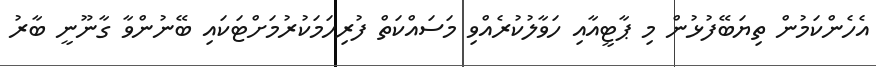
އެހެންކަމުން ތިޔަބޭފުޅުން މި ޕާޓީއާއި ހަވާލުކުރެއްވި މަސައްކަތް ފުރިހަމަކުރުމަށްޓަކައި ބޭނުންވާ ގާނޫނީ ބާރު